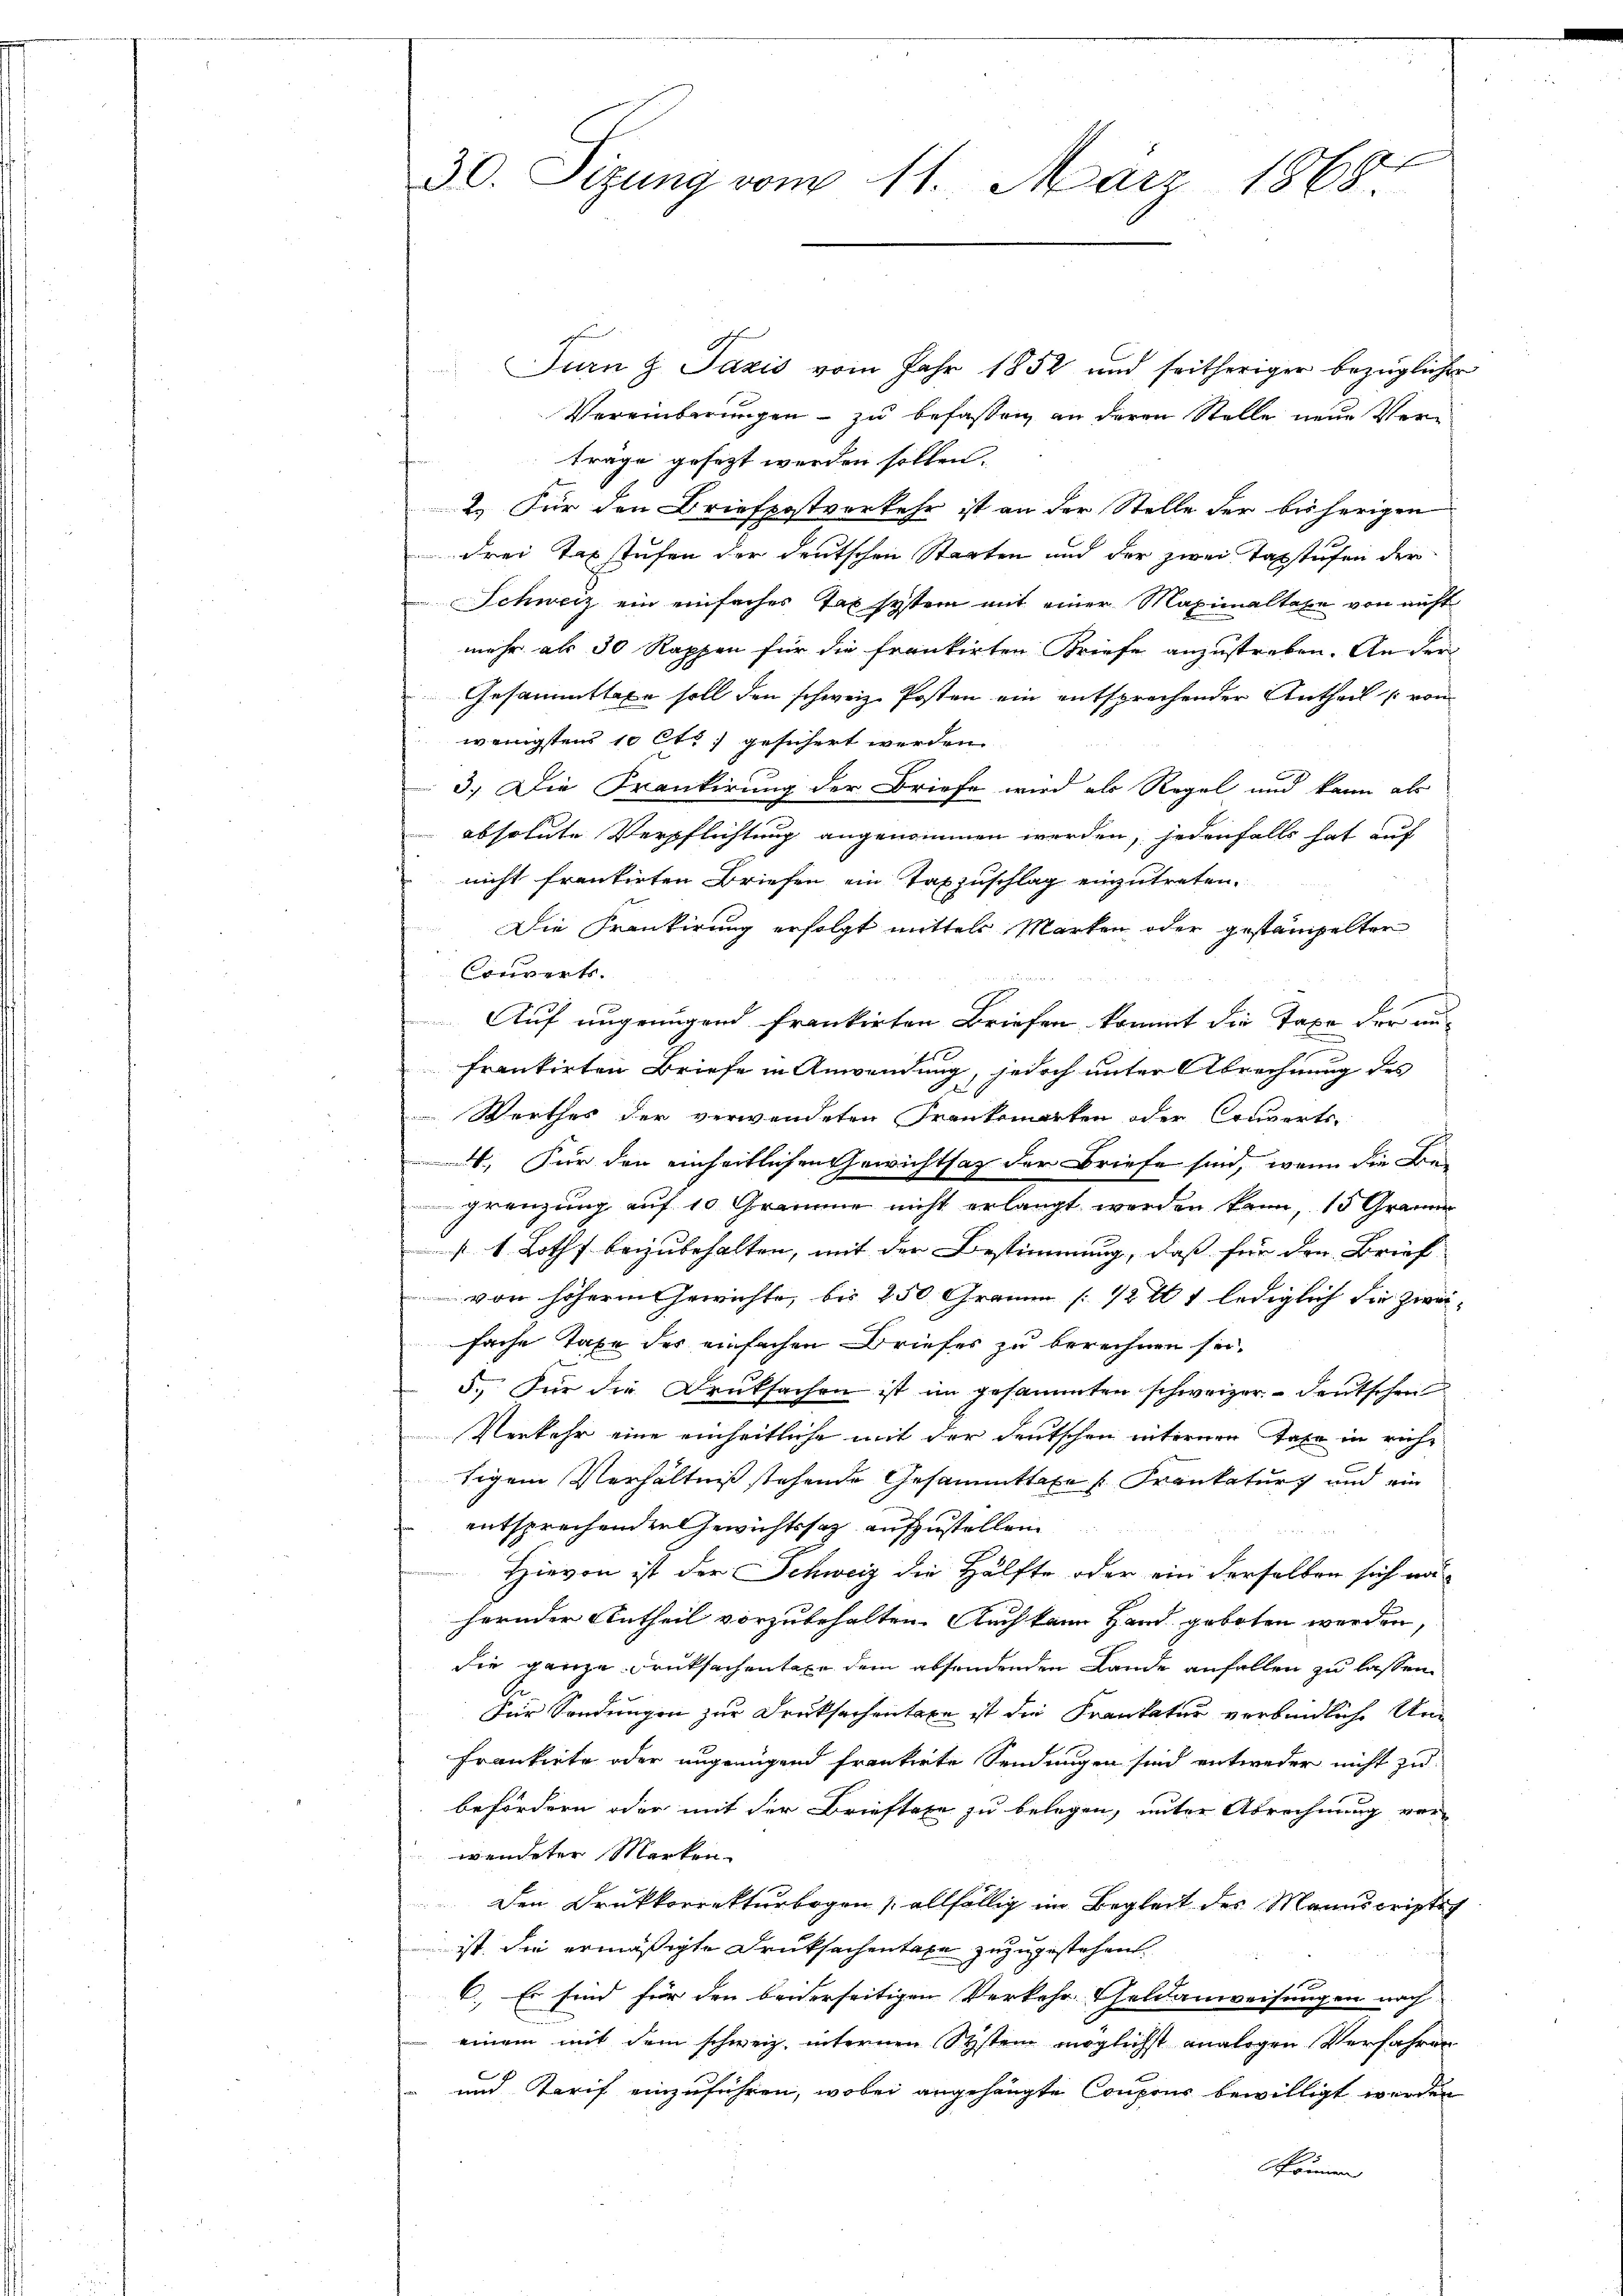
30. Sizung vom 11. März 1868

Jurn & Pazis vom Jahr 1852 und seitheriger bezüglicher
Vereinberungen – zu befassen an deren Stelle neue Vertrage gesezt werden sollen.
2. Für den Briefpostverkehr ist an der Stelle der bisherigen
drei Taxstufen der deutschen Starten und der zwei Taxstufen der
Schweiz ein einfaches Tax system mit einer Maximaltaxe von nicht
mehr als 50 Rappen für die frankirten Briefe anzustreben. An der
Gesammttaxe soll den schweiz. Posten ein entsprechender Antheil von
wenigstens 10 Cts. gesichert werden.
3.) Die Krankirung der Briefe wird als Regel und kann als
 absolute Verpflichtung angenommen werden, jedenfalls hat auf
nicht freutirten Briefen ein Taszuschlag einzutreten.
Die Frankirung erfolgt mittels Marken oder gestampelten
Converts.
Auf ungenügend frankirten Briefen kommt die Taxe der an-
Es
frankirten Briefe in Anwendung, jedoch unter Abrechnung des
Werthes der verwendeten Frankemarken oder Couverts
4. Für den einheitlichen Gewichtsatz der Briefe sind, wenn die Be-
gränzung auf 10 Gramme nicht erlangt werden kann, 15 Gramm
s 1. Loth beizubehalten, mit der Bestimmung, daß für den Brief
von höhere Gewichte, bis 250 Gramm [1211 lediglich die zwei-
fache Taxe des einfachen Briefes zu berechnen sei.
5. Für die Druksachen ist im gesammten schweizer- deutschen
Verkehr eine einheitliche mit der deutschen internen Taxe in riche
tigem Verhältniß stehende Gesammttaxe s. Frankatur und ein
entsprechenden Gewichtssatz aufzustellen
Hievon ist der Schweiz die Hälfte oder ein derselben sich nahernder Antheil vorzubehalten. Auch kann Hand geboten werden,
die ganze Druksachentaxe dem absendenden Lande anfallen zu lassen.
A
Für Sendungen zur Drucksachentaxe ist die Frankatur verbindliche Un
Frankiete oder ungenügend frankirte Sendungen sind entweder nicht zu
befördern oder mit der Brieftaxe zu belegen, unter Abrechnung vor-
wendeter Marken.
Den Drukkorrekturbogen allfällig im Begleit des Manuscristet
ist. Sie ermäßigte Drucksachentage zuzugestehen.
6. Es sind für den beiderseitigen Verkehr Geldanweisungen nach
einem mit dem schweiz. internen System möglichst analogen Verfahren
und Tarif einzuführen, wobei angehängte Coupour bewilligt werden
Können